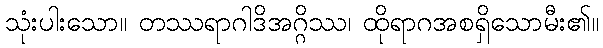
သုံးပါးသော။ တဿရာဂါဒိအဂ္ဂိဿ၊ ထိုရာဂအစရှိသောမီး၏။